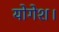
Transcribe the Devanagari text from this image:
योगेश।